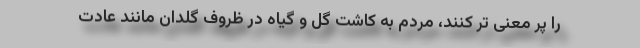
را پر معنی تر کنند، مردم به کاشت گل و گیاه در ظروف گلدان مانند عادت